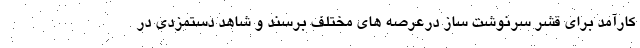
کارآمد برای قشر سرنوشت ساز درعرصه های مختلف برسند و شاهد دستمزدی در